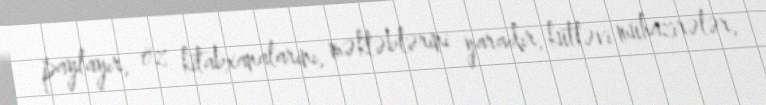
paylayır, öz kitabxanalarını, məktəblərini yaradır, kütləvi mühazirələr,